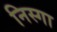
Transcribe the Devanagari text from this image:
निस्गा